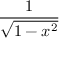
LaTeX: \frac { 1 } { \sqrt { 1 - x ^ { 2 } } }